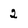
Character: 2